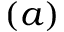
( a )